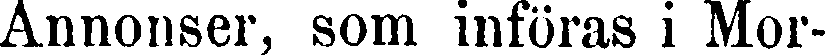
Annonser, som införas i Mor-